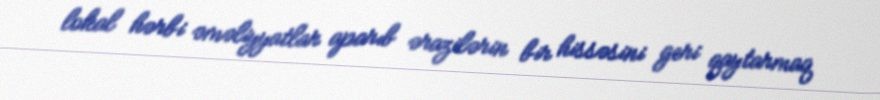
lokal hərbi əməliyyatlar aparıb ərazilərin bir hissəsini geri qaytarmaq